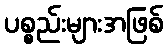
ပစ္စည်းများအဖြစ်